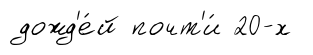
дожд'е́й почт'и́ 20-х